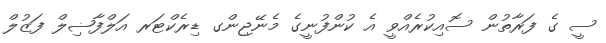
ސީ ގެ ފަރާތުން ސޮއިކުރެއްވީ އެ ކުންފުނީގެ މެނޭޖިންގ ޑިރެކްޓަރ އަލްފާޟިލް ފަޒުލް